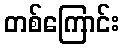
တစ်ကြောင်း